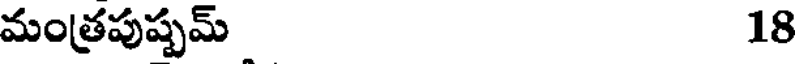
మంత్రపుష్పమ్ 18